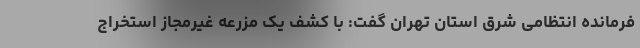
فرمانده انتظامی شرق استان تهران گفت: با کشف یک مزرعه غیرمجاز استخراج